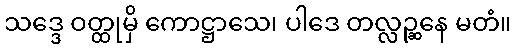
သဒ္ဒေ ဝတ္ထုမှိ ကောဋ္ဌာသေ၊ ပါဒေ တလ္လဉ္ဆနေ မတံ။